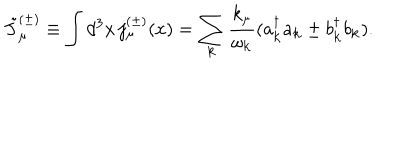
LaTeX: \tilde { J } _ { \mu } ^ { ( \pm ) } \equiv \int d ^ { 3 } x \, j _ { \mu } ^ { ( \pm ) } ( x ) = \sum _ { { \bf k } } \frac { k _ { \mu } } { \omega _ { { \bf k } } } ( a _ { { \bf k } } ^ { \dagger } a _ { { \bf k } } \pm b _ { { \bf k } } ^ { \dagger } b _ { { \bf k } } ) .